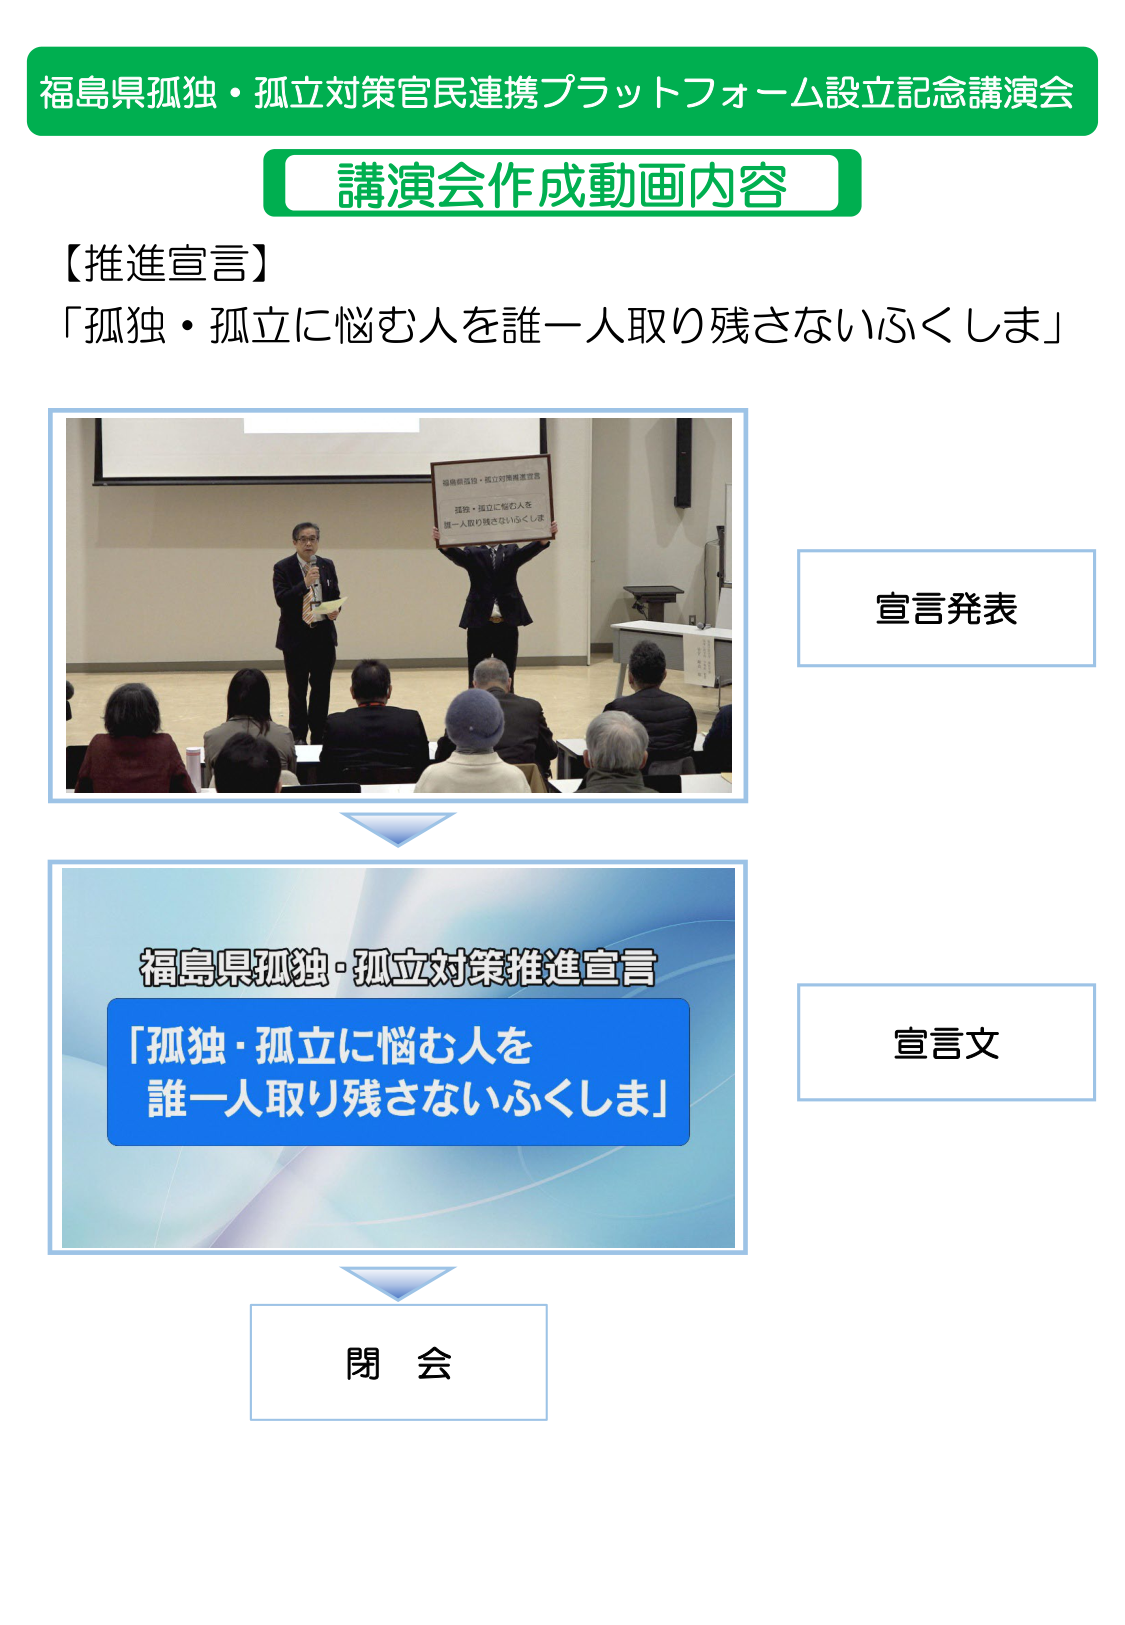
福島県孤独・孤立対策官民連携プラットフォーム設立記念講演会
講演会作成動画内容
【推進宣言】
「孤独・孤立に悩む人を誰一人取り残さないふくしま」
宣言発表
福島県孤独・孤立対策推進宣言
「孤独・孤立に悩む人を
誰一人取り残さないふくしま」
宣言文
閉会